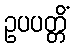
ဥပပတ္တိံ